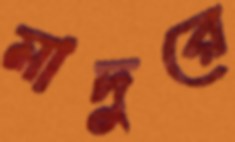
মাদুরে